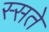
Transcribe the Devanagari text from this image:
स्सते